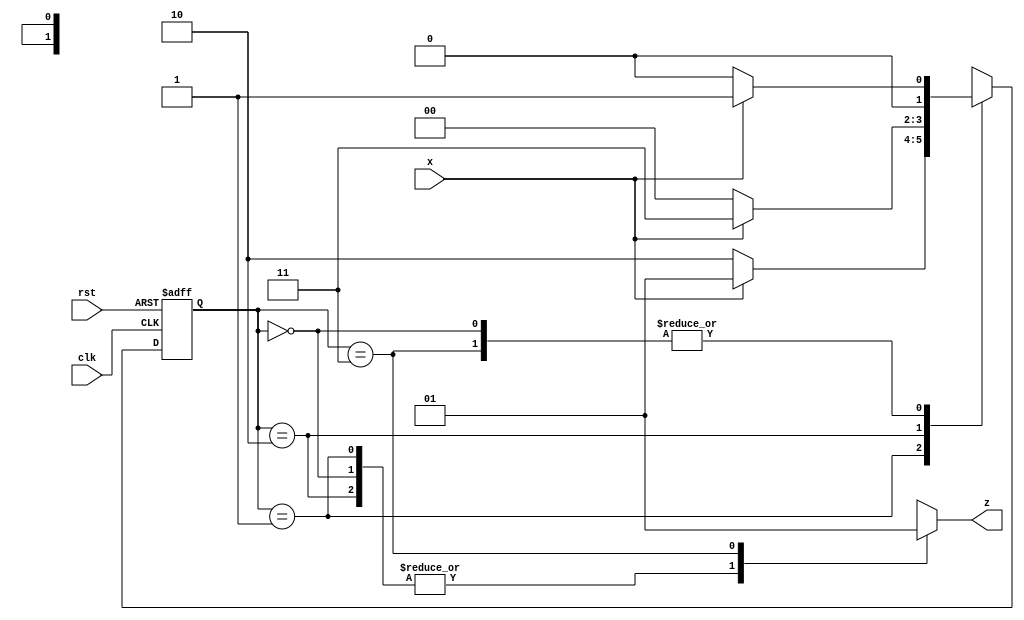
/*
101 Non-Overlapping Moore Sequence Detector
Step 1 - Parameter Definition
Step 2 - Declaring State Variable
Step 3 - Two Process Implementation Of Moore Model which has the following steps: 
      - Reset Logic and Present State Decoder
      - Next State Decoder
      - Output Logic
*/

module sequencedetector (
  input x,
  input clk,
  input rst,
  output reg z
);

  parameter s0 = 0, s1 = 1, s2 = 2, s3 = 3;
  reg [1:0] PS, NS;

  always @(posedge clk or posedge rst)
    if (rst)
      PS <= s0;
    else
      PS <= NS;

  always @(PS, x)
    case (PS)
      s0: begin
        z = 0;
        NS = (x) ? s1 : s0;
      end
      s1: begin
        z = 0;
        NS = (x) ? s1 : s2;
      end
      s2: begin
        z = 0;
        NS = (x) ? s3 : s0;
      end
      s3: begin
        z = 1;
        NS = (x) ? s1 : s0;
      end
      default: NS <= s0;
    endcase

endmodule